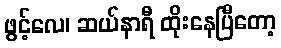
ဖွင့်လေ၊ ဆယ်နာရီ ထိုးနေပြီတော့